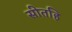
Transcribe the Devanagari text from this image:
सीतहि